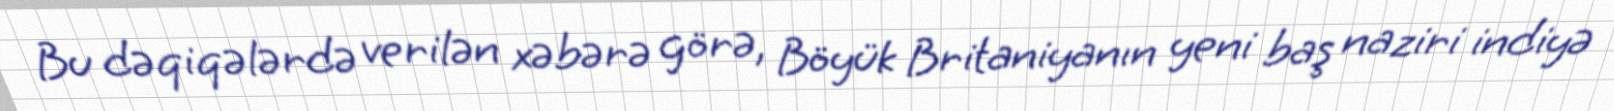
Bu dəqiqələrdə verilən xəbərə görə, Böyük Britaniyanın yeni baş naziri indiyə